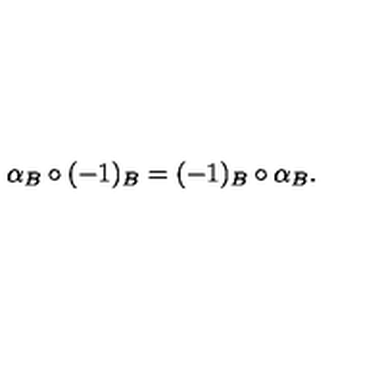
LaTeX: \alpha _ { B } \circ ( - 1 ) _ { B } = ( - 1 ) _ { B } \circ \alpha _ { B } .